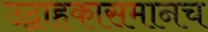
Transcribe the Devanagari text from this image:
उद्वाहकासमानच